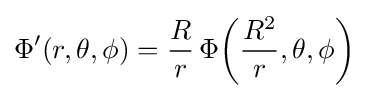
\Phi '(r,\theta ,\phi )={\frac {R}{r}}\,\Phi {\left({\frac {R^{2}}{r}},\theta ,\phi \right)}